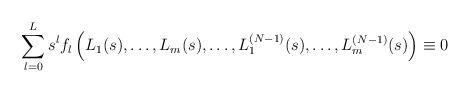
LaTeX: \begin{align*}\sum_{l=0}^L s^lf_l\left(L_1(s),\ldots,L_m(s),\ldots,L^{(N-1)}_1(s),\ldots,L^{(N-1)}_m(s)\right)\equiv 0\end{align*}